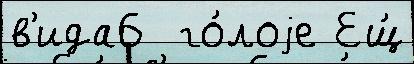
в'ида6  го́лоjе Ещ́